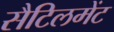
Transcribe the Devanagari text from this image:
सैटिलमेंट